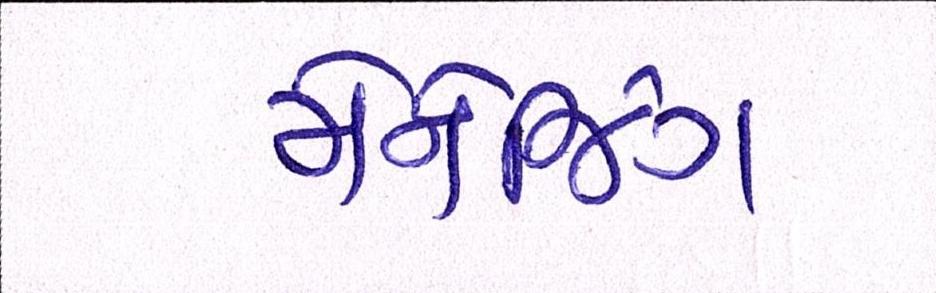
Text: મેનેજિંગ